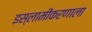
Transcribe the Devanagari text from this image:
इस्लामीकरणाला